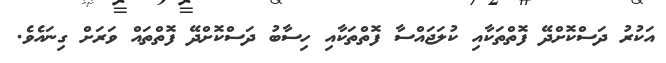
އަކުރު ދަސްކޮށްދޭ ފޮތްތަކާއި ކުލަޖައްސާ ފޮތްތަކާއި ހިސާބު ދަސްކޮށްދޭ ފޮތްތައް ވަރަށް ގިނައެވެ.